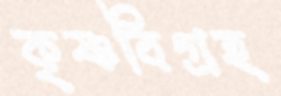
কৃষ্ণবিগ্রহ